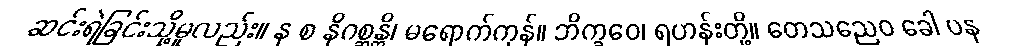
ဆင်းရဲခြင်းသို့မူလည်း။ န စ နိဂစ္ဆန္တိ၊ မရောက်ကုန်။ ဘိက္ခဝေ၊ ရဟန်းတို့။ တေသညေဝ ခေါ ပန